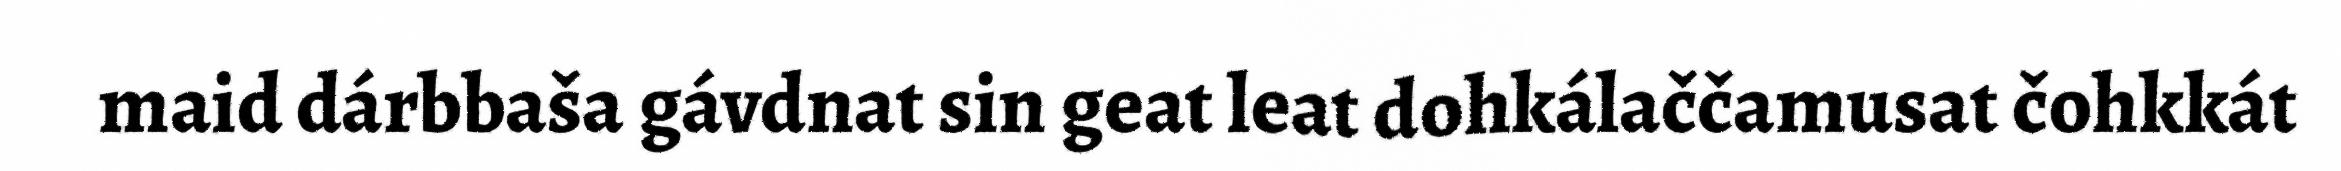
maid dárbbaša gávdnat sin geat leat dohkálaččamusat čohkkát